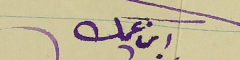
ابن عمك